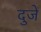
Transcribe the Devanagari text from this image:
दुजें